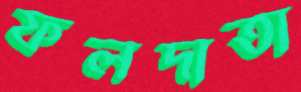
ফলদাতা